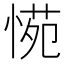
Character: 𭝪